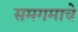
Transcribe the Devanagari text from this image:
समगमाचे